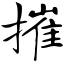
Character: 摧